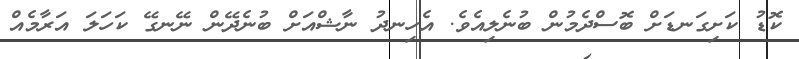
ކޮޑު ކަށިގަނޑަށް ބޮސްދެމުން ބުނެލިއެވެ. އެހިނދު ނާޝްއަށް ބުނެދޭން ނޭނގޭ ކަހަލަ އަރާމެއް